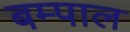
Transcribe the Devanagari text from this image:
बम्पाल